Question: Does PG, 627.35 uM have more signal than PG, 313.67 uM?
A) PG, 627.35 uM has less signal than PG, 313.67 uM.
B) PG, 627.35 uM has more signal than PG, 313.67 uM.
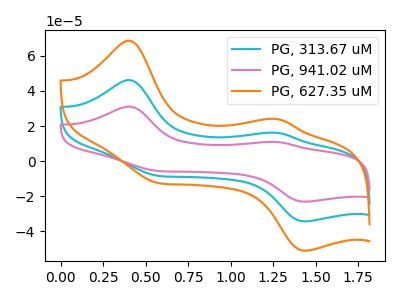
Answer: <think>The cyan curve "PG, 313.67 uM" has anodic peaks at (0.40V, 46.25uA) (1.25V, 16.15uA) and cathodic peaks at (0.55V, -8.30uA) (1.45V, -34.45uA). The pink curve "PG, 941.02 uM" has anodic peaks at (0.40V, 92.45uA) (1.25V, 32.35uA) and cathodic peaks at (0.55V, -16.60uA) (1.45V, -68.90uA). The orange curve "PG, 627.35 uM" has anodic peaks at (0.40V, 68.70uA) (1.25V, 24.00uA) and cathodic peaks at (0.55V, -12.35uA) (1.45V, -51.20uA).
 All the peaks in "PG, 627.35 uM" have a peak in "PG, 313.67 uM" at the same potential. Every peak in "PG, 627.35 uM" is higher than every peak in "PG, 313.67 uM".</think>
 <answer>B) "PG, 627.35 uM" has more signal than "PG, 313.67 uM".</answer>
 <eval>B</eval>